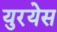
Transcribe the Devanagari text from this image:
युरयेस